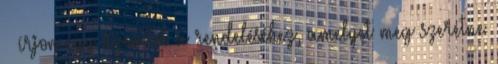
– írjon egy üzenetet a rendeléséhez, amelyet meg szeretne